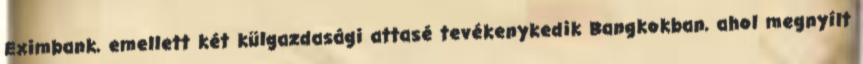
Eximbank, emellett két külgazdasági attasé tevékenykedik Bangkokban, ahol megnyílt